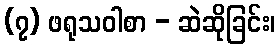
(၇) ဖရုသဝါစာ - ဆဲဆိုခြင်း၊